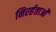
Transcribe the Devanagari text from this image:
निरर्हताओं